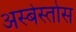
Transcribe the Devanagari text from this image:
अस्बेस्तोस